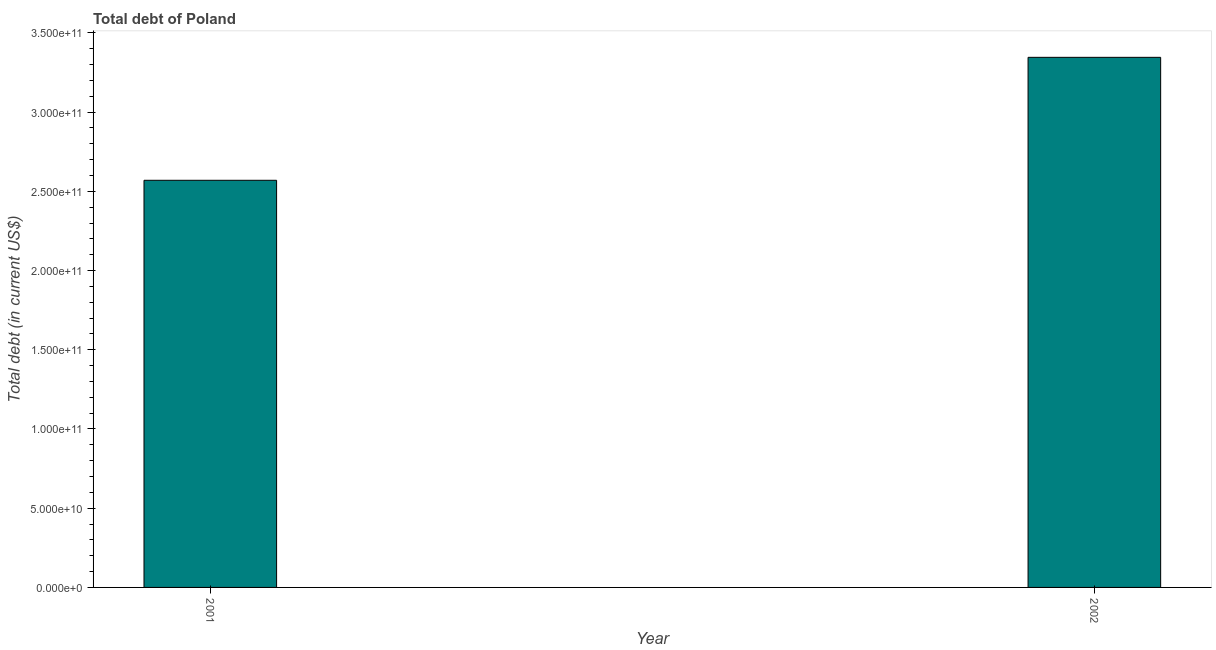
| Year | Central government debt |
 | --- | --- |
 | 2001 | 2.57e+11 |
 | 2002 | 3.35e+11 |